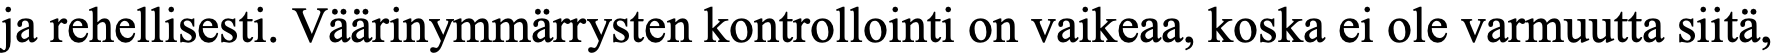
ja rehellisesti. Väärinymmärrysten kontrollointi on vaikeaa, koska ei ole varmuutta siitä,